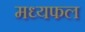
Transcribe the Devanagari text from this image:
मध्यफल